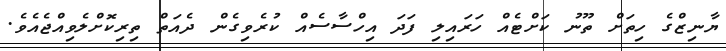
ޔާނިޒްގެ ހިތަށް ތޫނު ކަށްޓެއް ހަރައިލި ފަދަ އިހްސާސެއް ކުރެވިގެން ދެއަތް ތިރިކޮށްލެވިއްޖެއެވެ.